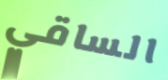
الساقي